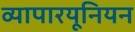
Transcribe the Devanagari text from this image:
व्यापारयूनियन